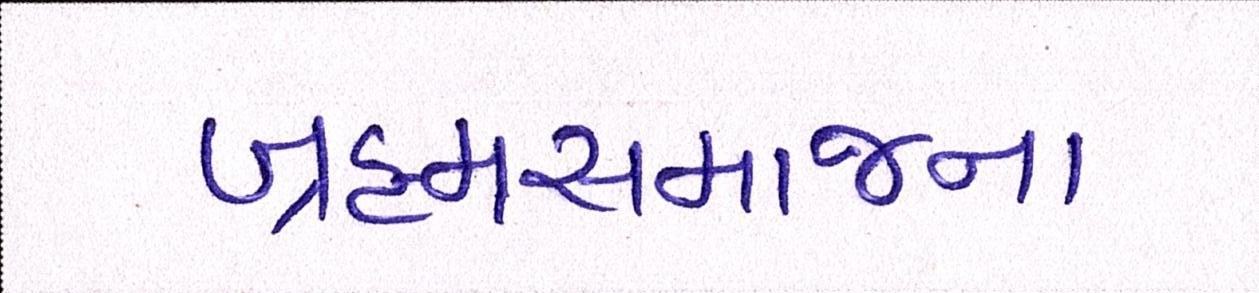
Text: બ્રહ્મસમાજના